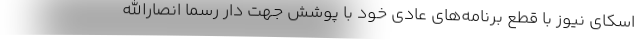
اسکای نیوز با قطع برنامه‌های عادی خود با پوشش جهت دار رسما انصارالله